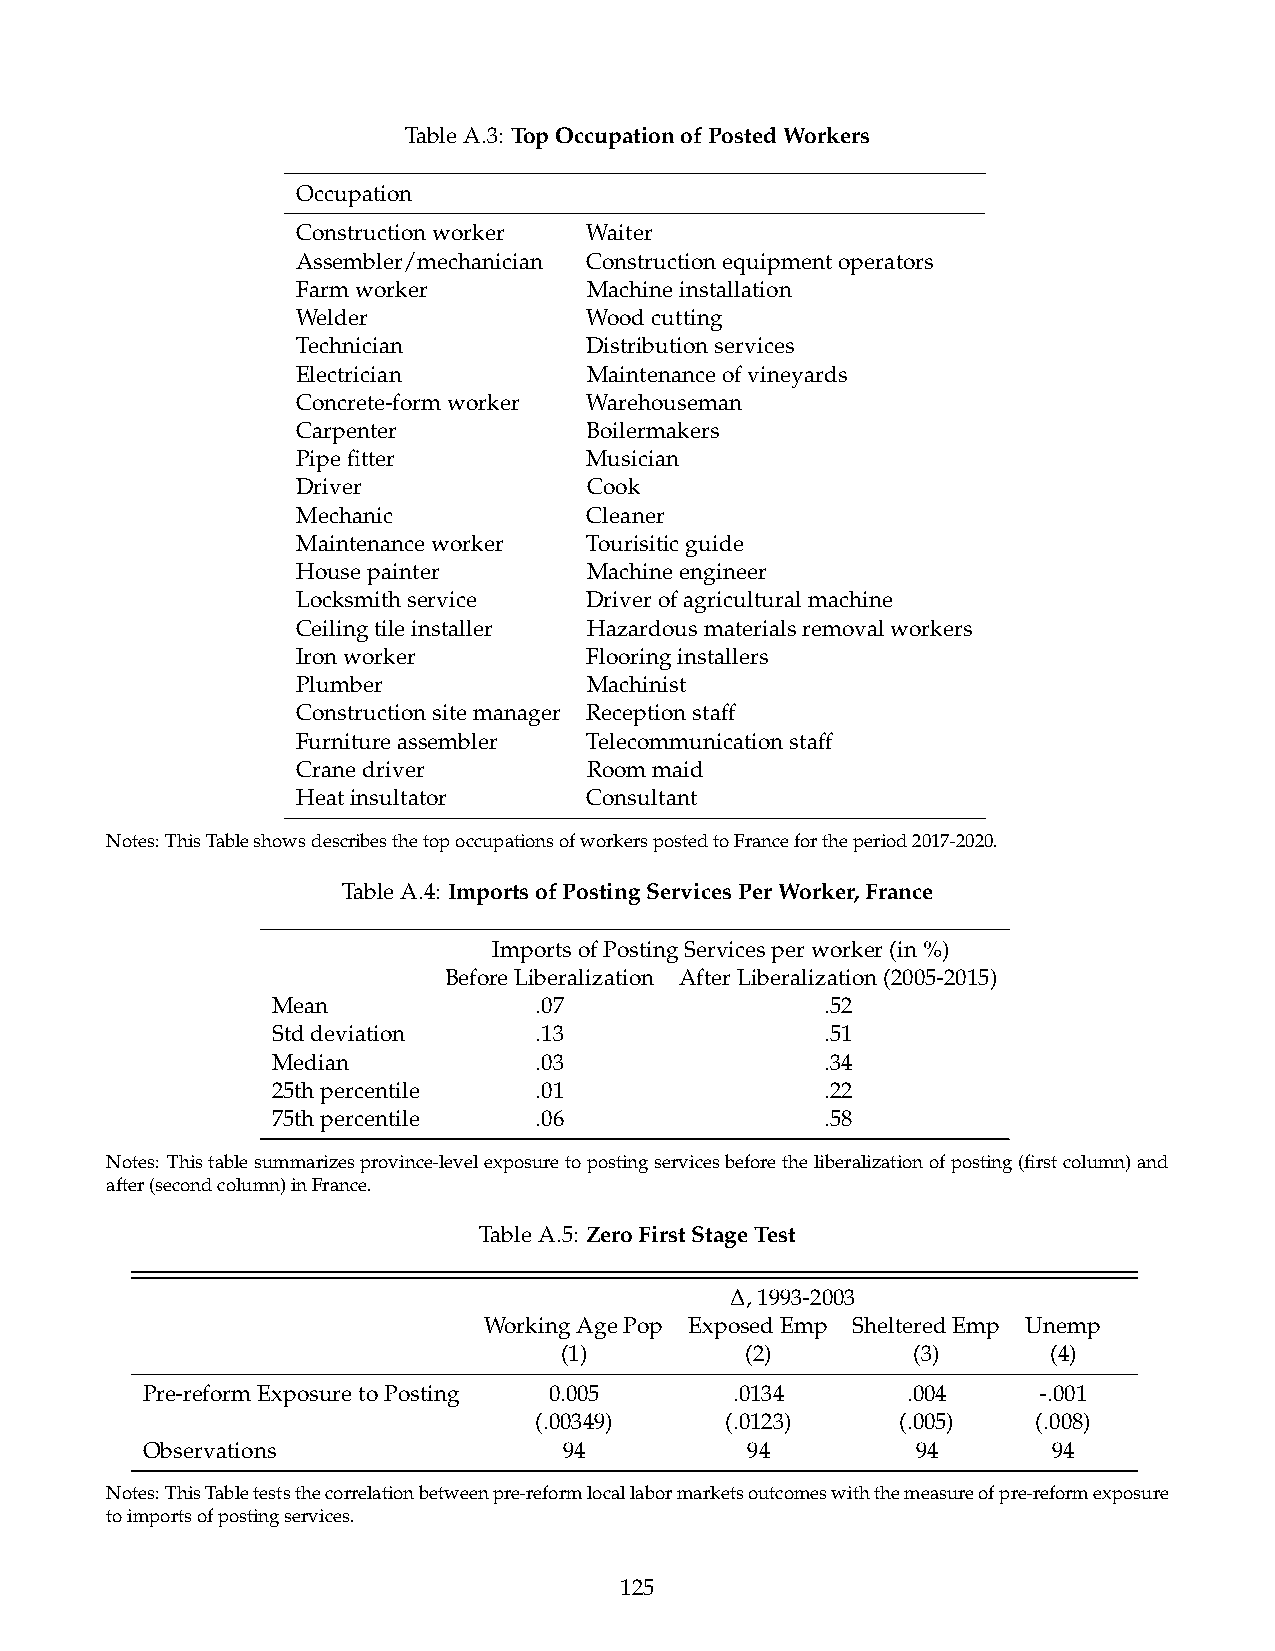
TableA.3: TopOccupationofPostedWorkers
 Occupation
 Constructionworker Waiter
 Assembler/mechanician Constructionequipmentoperators
 Farmworker         Machineinstallation
 Welder             Woodcutting
 Technician         Distributionservices
 Electrician        Maintenanceofvineyards
 Concrete-formworker Warehouseman
 Carpenter          Boilermakers
 Pipefitter         Musician
 Driver             Cook
 Mechanic           Cleaner
 Maintenanceworker  Tourisiticguide
 Housepainter       Machineengineer
 Locksmithservice   Driverofagriculturalmachine
 Ceilingtileinstaller Hazardousmaterialsremovalworkers
 Ironworker         Flooringinstallers
 Plumber            Machinist
 Constructionsitemanager Receptionstaff
 Furnitureassembler Telecommunicationstaff
 Cranedriver        Roommaid
 Heatinsultator     Consultant
 Notes:ThisTableshowsdescribesthetopoccupationsofworkerspostedtoFrancefortheperiod2017-2020.
 TableA.4: ImportsofPostingServicesPerWorker,France
 ImportsofPostingServicesperworker(in%)
 BeforeLiberalization AfterLiberalization(2005-2015)
 Mean             .07                 .52
 Stddeviation     .13                 .51
 Median           .03                 .34
 25thpercentile   .01                 .22
 75thpercentile   .06                 .58
 Notes: Thistablesummarizesprovince-levelexposuretopostingservicesbeforetheliberalizationofposting(firstcolumn)and
 after(secondcolumn)inFrance.
 TableA.5: ZeroFirstStageTest
 D,1993-2003
 WorkingAgePop ExposedEmp ShelteredEmp Unemp
 (1)         (2)        (3)       (4)
 Pre-reformExposuretoPosting 0.005       .0134      .004     -.001
 (.00349)     (.0123)     (.005)   (.008)
 Observations                94          94          94       94
 Notes:ThisTableteststhecorrelationbetweenpre-reformlocallabormarketsoutcomeswiththemeasureofpre-reformexposure
 toimportsofpostingservices.
 125